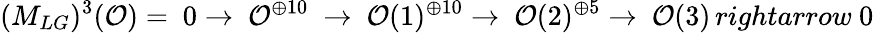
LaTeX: (M_{LG})^{3}({\cal{O}})=\ 0\rightarrow\ {\cal{O}}^{\oplus 10}\ \rightarrow\ {\cal{O}}(1)^{\oplus 10}\rightarrow\ {\cal{O}}(2)^{\oplus 5}\rightarrow\ {\cal{O}}(3)\, rightarrow\ 0